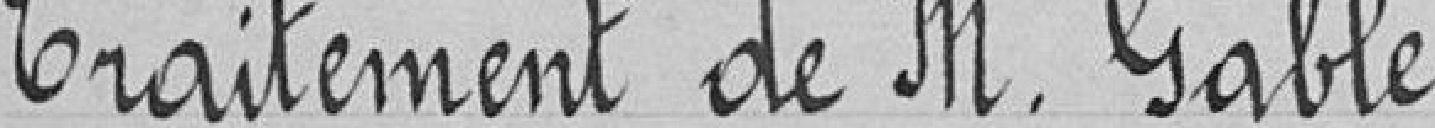
Traitement de Monsieur GABLE